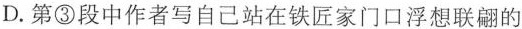
D.第③段中作者写自己站在铁匠家门口浮想联翩的